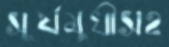
সূর্যমুখীসহ